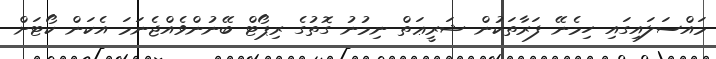
މައްސަލައިގައި ހިމެނޭ ފަރާތަކުން ޝަރީޢަތް ނިމުނު ގޮތުގެ ރިޕޯޓް ބޭނުންވެއްޖެނަމަ އެކަން ކޯޓަށް